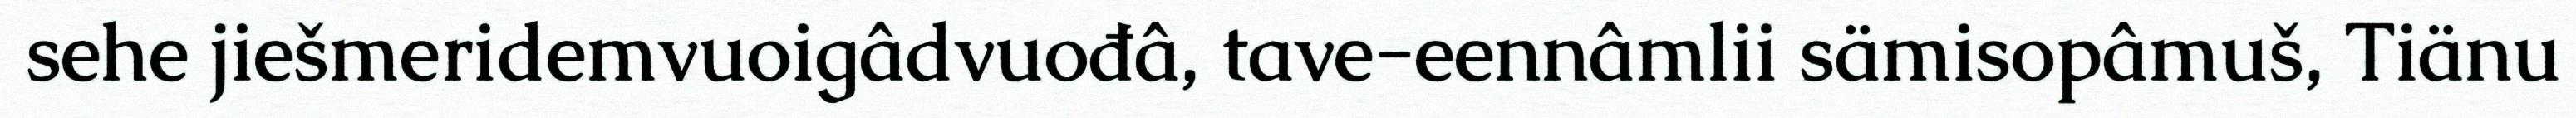
sehe jiešmeridemvuoigâdvuođâ, tave-eennâmlii sämisopâmuš, Tiänu